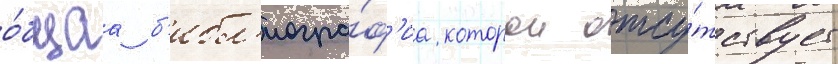
о́бщаа б'ибл'иогра́ф'иа которои отсу́тствует